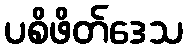
ပစိဖိတ်ဒေသ